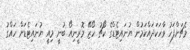
މެޗަށްފަހު ވާހަކަދައްކަމުން ޔުނައިޓެޑްގެ ކޯޗު ހޯޒޭ މޮރީނިއޯ ބުނީ މިއީ ޔުނައިޓެޑަށް ހައްގު